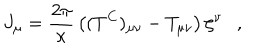
J _ { \mu } = { \frac { 2 \pi } { \kappa } } \left( ( T ^ { C } ) _ { \mu \nu } - T _ { \mu \nu } \right) \zeta ^ { \nu } ,